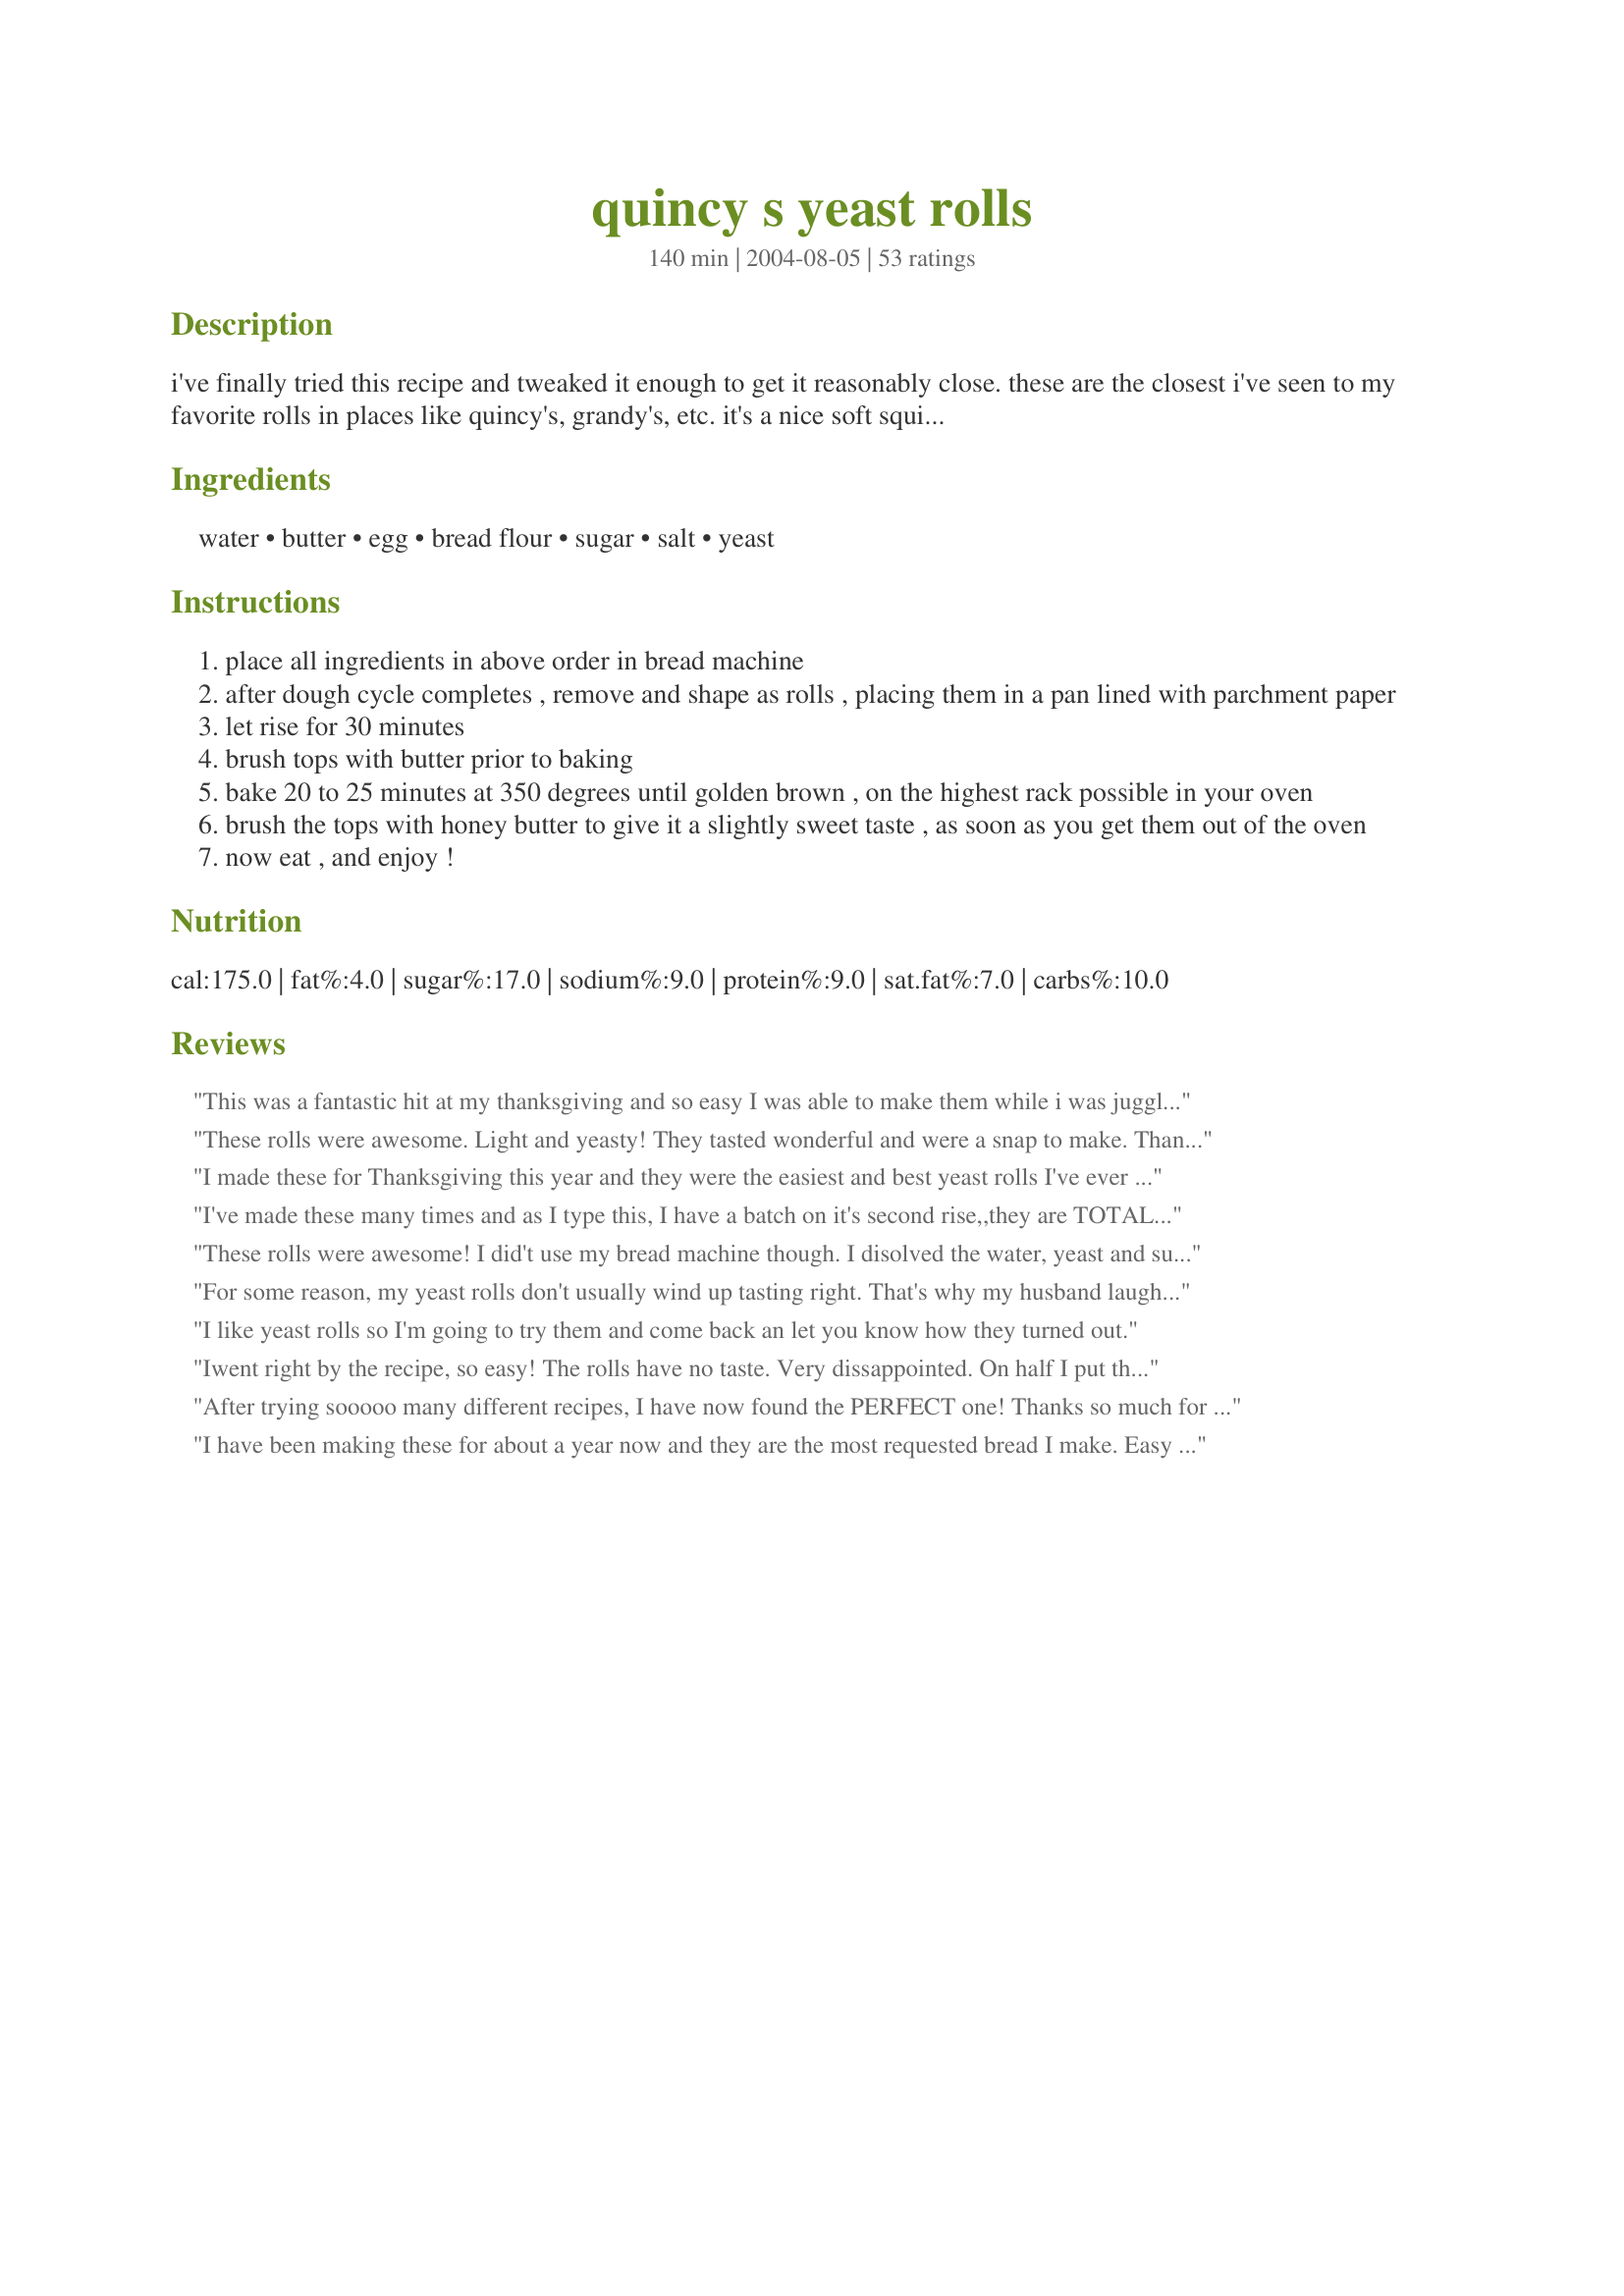
quincy s yeast rolls
Preparation time: 140 minutes

i've finally tried this recipe and tweaked it enough to get it reasonably close. these are the closest i've seen to my favorite rolls in places like quincy's, grandy's, etc. it's a nice soft squishy yeast roll, perfect with any meal.

to clarify the directions since one reviewer mentioned that they had a problem with their first batch: make sure that your machine's dough cycle includes the rising time! i thought everyone's did, but apparently not. (my own personal machine mixes up the ingredients and then there's a total rise time of a little over an hour (closer to 1.5 hours). so, if you think your abm just mixes things up but doesn't allow for rising time, add a 2 hour (approx) rise time between steps 1 and 2. if your machine's dough cycle does have a built in rising time, then you're all set, and you can follow the instructions exactly, no need for extra rising time.

Ingredients:
water, butter, egg, bread flour, sugar, salt, yeast

Steps:
place all ingredients in above order in bread machine
after dough cycle completes , remove and shape as rolls , placing them in a pan lined with parchment paper
let rise for 30 minutes
brush tops with butter prior to baking
bake 20 to 25 minutes at 350 degrees until golden brown , on the highest rack possible in your oven
brush the tops with honey butter to give it a slightly sweet taste , as soon as you get them out of the oven
now eat , and enjoy !

Reviews:
This was a fantastic hit at my thanksgiving and so easy I was able to make them while i was juggling all the other food prep! Thank you! Oh to make insure the crust is soft they need to be warm or they crust gets a little crunchy! Yumm!
These rolls were awesome. Light and yeasty! They tasted wonderful and were a snap to make. Thanks for sharing!
I made these for Thanksgiving this year and they were the easiest and best yeast rolls I've ever made. Right on in comparison to Quincy's and Golden Corral. I remember growing up kneading and rolling dough to make the best yeast rolls and my mom couldn't believe my bread machine did most of the work. I'm in charge of rolls from now on which is a big relief to my mom. I didn't know how to make more ahead of time so if there are any secrets to that I would greatly appreciate it.
I've made these many times and as I type this, I have a batch on it's second rise,,they are TOTALLY AWESOME !!!!! Thanks Very Much for this recipe :)
These rolls were awesome! I did't use my bread machine though. I disolved the water, yeast and sugar and let it sit to foam for about 10 min. then added it to the rest of the ingred. (except I added a 1/2 cup of sugar instead of 1/4 cup) and put in a bowl to rise. Then punched it down to shape the way I wanted. Even made cinn. rolls with this recipe. one morning. Kids ask me every day to make them. Best recipe I have found for rolls yet. A keeper for sure.
For some reason, my yeast rolls don't usually wind up tasting right. That's why my husband laughed when I tasted these rolls and said, "WOW...*I* made these???" I followed the ingredient list as written, but I made my dough by hand. (I mixed the sugar and water and yeast together to proof, then added the butter and egg, then the flour and salt.) The dough took about 1 1/2 hours to rise, and then I followed the rest of the recipe as written. I am VERY happy to have found this recipe--it's *the* roll recipe from now on!
I like yeast rolls so I'm going to try them and come back an let you know how they turned out.
Iwent right by the recipe, so easy! The rolls have no taste. Very dissappointed. On half I put the honey butter and left the other half plain. No taste. DH will eat anything put on the table without a fuss...he ask what happen to the taste in the rolls? <br/>As I tasted them ... No taste!!! Sorry but this is not for us. We are BIG on taste. But I did enjoy the process, it was easy.UPDATE: 7-16-10. Okay I felt really bad for giving this recipe a 1 star rating, because of all the other 5 Star reviews, so I tried this recipe again and it came out with the same results. No taste. Iwas hoping that maybe I done something wrong.I would give this recipe 5 stars for being easy to make.
After trying sooooo many different recipes, I have now found the PERFECT one! Thanks so much for posting this.
I have been making these for about a year now and they are the most requested bread I make. Easy dough to work with and the results out of the ABM are always great I could make them every day and never have leftovers. I use this to make my burger buns also, brush with egg and sesame or poppy seeds.
Excellent roll recipe. I brushed half with the honey butter and half with regular butter when they came out of the oven. I shaped into 12 rolls, because it says 12 servings and needed about 18 minutes bake time. Also, I baked in the middle oven rack because with my electric oven, the coils burn things on top if they're too close. Thanks much for posting!
Made these and we loved them. Will for sure be making these again. They sure impressed my husband's boss.
These are the BEST!!!!!!!!!!!!! I am so pleased with how they turned out. I made them tonight to go with dinner and they were the most delicious rolls I have ever made. They turned out light and fluffy and, well... perfect in every way! A superior recipe! I will make these often, as they are very easily put together...the bread machine does all the work! Thanks for a new favorite! I highly recommend these to anyone wanting to make an excellent dinner roll! You won't be dissappointed!
I made these about a week ago with dinner and they were excellent. Thank you for sharing a great recipe.
These were fabulous! Soft and yeasty- so yummy. I made them by hand (not a bread machine owner) and rose them in the oven (preheated to the lowest setting for 5 mins, opened the door to let the heat out). The dough rose beautifully and was very easy to make. 
I've made several roll recipes over the last couple weeks and this was my hubby's favorite so far. He wants me to make them again with the honey glaze.
These rolls were great. I would not say they were like yeast rolls I have had at restaurants but they were very good rolls.
These were great rolls, however I had an issue with them rising. Part of that has to do with the fact that I didnt make it in my bread machine and I think that the heat that mine puts off helps aid in the rising process. They ended up really dense, but that was due to them not rising well. I put the ingredients in my mixer and let the dough be mixed for about 10 minutes and then let it rise for about an hour. I then rolled them into balls and placed in the pan and let them raise for another hour and then baked them. They did not end up looking at all like the picture. The dough seemed to be just perfect and I think that they can be perfect if I use my bread machine, or maybe a little warmer water....I am going to make these again and I will let you know the results! Even with them not turning out how I think they should have, they were very good! Thanks for putting this recipe on here!
These are awesome! We are living in the UK where we can't get some of our "American favorites". I love the rolls you get at Grandy's and steakhouses like Ryan's. I make these several times a week, serving them with honey-butter, and always when we have company for dinner. They always get rave reviews. Thanks for posting this recipe.
Excellent. I don't have a bread machine, so I just made them by hand. Very delicious! Thanks for posting.
Absolutely awesome rolls. I chose to prepare the old fashioned method. Scrumptious!
Just like cafateria rolls! We even subsituted 1 1/2 cups of whole wheat flour and they were still light, healthier, and just as good.
I made these in the bread machine & was rewarded with tender rolls. Very easy & delicious results.
Best rolls I ever made. I did make a few changes. I did a recipe and a half with only one egg, and a bit more sugar than it called for. Thanks for sharing an incredible recipe.
OMG! These rolls are SO good! Yeasty with the perfect amount of sweetness. I used my bread machine's dough cycle and then finished by hand. As I cut out my rolls, I used the scraps for a small cinnamon loaf and it was absolutely delicious! This one is DEFINITELY a keeper!
Don't be fooled by how small they are when you divide them into rolls. They are huge when they rise for the last time and extremely good. My whole house smelled like baking bread.
This is the roll I have been looking for! I substituted King Arthur brand white wheat flour. I do not use a bread machine. Everything is mixed with a spoon in a bowl. Oh! I forgot to mention that I bloomed my yeast first. Thanks, Jen!!!
I do not own a breadmaker, and I followed another users advice for letting the sugar and yeast proof for 10 minutes and then letting the rolls rise for 90 minutes, then punch down, place in pan and allow to rise again. These rolls were great, and this will be my go to recipe for rolls in the future.
These are the best rolls I have ever made. I made my first batch last night to go with dinner, everyone was impressed. I went to grab a leftover roll for lunch today and they were gone! My second batch is rising right now. Very easy recipe to follow and it makes a beautiful easy to work with dough. Try the honey butter brushed on top. Delicious!
Very good rolls! I subbed 1 c whole wheat flour for 1 cup of the bread flour and the results were just great! I loved the crust, it was nice and chewy... and the center of the rolls was soft and substantial. They were great w/ honey butter and the kids (grown up and little) and I really enjoyed them. Baby Chloe (1 yr old in 2 days) enjoyed them too! Definitely a keeper!
After my second attempt we could at least eat them..lol I didn't use a bread machine and the first time they didnt rise. The 2nd time I let the dough rise on a warm oven for an hour but I should have waited another hour. Did not look like picture. Thanks for sharing :) I really wished I could get this to work!
These were the largest, fluffiest yeast rolls I have ever made. I did not need to adjust the wet or dry ingredients for the bread machine. I used exactly what the recipe called for.I divided the dough into thirteen 2.3 ounce rolls. After the first 10 minutes of baking, I brushed them with melted butter and then continued baking. Great, great recipe.
I have made these several times for my family. They are light and fluffy. I even used AP flour because I did not have any bread flour on hand and they still came out great.
I loved the recipe. It didnt' involve any crisco which is really messy to work with! It was easy and rose well from the bread machine. I didn't worry too much about time--just cooked them when they looked big enough. Problem is...I love bread, and these had no gratifying satisfaction. My cravings weren't fed. It's certainly worth a 2nd try though & maybe I'll double the salt as one reviewer suggested or add more sugar as someone else said they did. The one change I did make on first try was having one cup of wheat flour. I thought that substitution turned out well.
I am fairly new to bread making. I&#039;ve tried this recipe a few times with varying degrees of success. But I&#039;m pretty sure that has more to do with me getting the hang of bread making than the recipe itself. Tonight, I mixed everything except for the flour and, instead of measuring the flour, just added enough to form a decently non-sticky dough. Then, I kneaded the dough with just enough flour to not stick to my work surface, just long enough to not be too sticky. Since I used rapid rise yeast, I let the dough rest, covered, for ten minutes. Then, I shaped the dough into balls and let them rise in a greased cake pan, covered with a damp hand towel, for about 30 minutes. I brushed the tops of the dough with melted margarine and baked them at 350 degrees to an internal temperature of 195 degrees (about 15 minutes). The only thing that could&#039;ve stopped me from thinking these were really Quincy&#039;s type rolls was that they were very pale. But they tasted great! Thank you!
We liked these. I did find them to be a lot like a store bought roll. My 14 yr. old DS did not care for them. He didn't like the honey glaze. I didn't care for the honey glaze either. They were over all enjoyable.
These were pretty darn good. Next time I will add more sugar. I remember Quincy's rolls to be sweeter than what these turned out to be, so perhaps 2 or 3 more tablespoons of sugar would be perfect. Next time I make them I am thinking about using some beer or really letting the rise go longer to develop the yeasty flavor. But all in all these were really good, especially since they turned out so fluffy on the inside. Perfect yeast roll texture!
The rolls turned out great on my second try(they were hocky pucks the first time) because if you follow the recipe exactly there is not enough rising time before making the rolls in step 2. I put a 2 hour rising time in between step one & two and they turned out wonderful
These are out of this World delicious!!! My husband absolutely loves them and I remember them from Quincy's. 99.9% copycat material. I squirt a dab of honey on each roll after I slather them with margarine, before I put them in to bake. Addictive! Thank you, I will share this recipe with my friends.

I made these for my Japanese group with potato soup and they were excellent. I left off the honey, but put real butter lining the bottom of the pan and on each roll. I had this recipe translated in Japanese for my friends.
My husband thought these were perfect 5 star yeast rolls. Thanks!
Jen,
I tried this Recipe again this evening and it is wonderful !!!
Just as good as Quincey's. I tried this recipe before and ruined it by placing it on top of a hot stove to rise which, killed the Yeast. This time I made sure not to make that mistake again. 
I have been looking for this recipe for years and now I will be using it weekly. Thank you so much for posting this THE ULTIMATE YEAST ROLL RECIPE!!!!!
Excellent. The absolute best rolls I have ever made. Thank you for sharing. :)
I wish I could give this more stars! my 1st attempt ever to make bread of any kind. so easy and they turned out perfect. these really knocked the socks off my guests. I made 2 batches and these made awesome turkey sandwiches the next day too but after lunch there were none left! Thank you very much for posting.
I just tried these and they are wonderful!!! I am serving them tomorrow with my Thanksgiving dinner. Thank you!
These are GREAT! I have been so frustrated with my new bread machine because I was using their dinner roll recipe and my rolls were not rising enough and baking up too heavy. These are light and tasty, just what a yeast roll should be and they turned out perfect on my first try!
Made these rolls a bunch of times now, everybody raved over them. I must say that I cut down on the sugar to less than half the amount and didn't brush with honey as I didn't want them to be so sweet. I now also use about 3/4 cup of strong brown flour and the rest is white bread flour. Thanks for posting such a super recipe!
ABSOLUTELY THE BEST!!!!! I have been trying to make a roll like this for a couple of years and I am no Betty Crocker! I followed the recipe exactly, with perfect results! All I can say is the first dozen was gone before we sat down for dinner! Thanks for a real winner!
I really LOVE this recipe...it's my "go to" recipe when I want really good, fail-proof dinner rolls. My whole family LOVES them!!
Oh my gosh are these good. Really, really good. I have a favorite bread machine yeast roll that I make all the time and they are fabulous. But these are better!! Very close to Quincy's rolls, plus the honey butter. Wow!! Thanks so much. This is my new favorite yeast roll!!
I need a higher number to choose here for rating!! :)
This recipe is absolutely awesome! I couldn't believe my eyes when I opened up my bread maker after dough had risen, and to top that I was amazed how fast they rose before baking. If DH didn't know I was making these he would have sworn I brought these in the store. LOL Thanks so much for posting this nice recipe. Keeper in my book of breads!!!
NOTE: This review is for my mom, who doesn't have a Zaar account, but will as soon as I get to her house. 

"These rolls were PERFECT! What I'd been looking for. My bread machine is in storage (they're remodeling) and I mixed them up by hand..just threw them together. They were SO SOFT! SO GOOD! (she raved on and on!) I am so happy I finally found a recipe I've been looking for! Thanks!" Now, I have to try them...and if you don't care, pass them on my readers with your permission.
Very light and fluffy rolls! I doubled the recipe and made the dough by hand. I did halve the sugar and didn't brush them with honey butter because I wanted to use them as sandwich buns, rather than dinner rolls. I used bread flour, and needed about 1 cup less for the double batch. Having just finished a sandwich made with one of them, I can tell you I'm very happy with the recipe. I did notice that the amount of salt called for is a bit less than usual in bread recipes. I think that those people who complained that there was no flavor would be happy if they doubled the salt. I'm quite pleased with the present amount, though. Thank you very much for sharing this recipe with us. Oh, the double recipe yielded 17 60-gram rolls.
This was good! I wish I had honey butter for the roll. I did use more sugar - 1/2 cup total. It was sweet! If you put bread crumbs on the top, it is very similiar to Pan De Sal-Filipino bread! :) I'm giving this 4 stars, because every bread recipe should recommend to proof your yeast before starting, that way you are sure for success!
I actually augmented this recipe with an extra 2 TB butter, 1 TB granulated garlic and 1 TB reconstituted dried onion to turn this into sandwich buns. Amazing! (Obviously I skipped the honey butter and instead used an eggwash before baking)Love this recipe. Have made it a few times, now.
